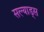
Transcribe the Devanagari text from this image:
सल्याड्स